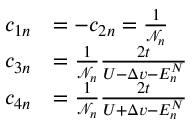
\begin{array} { r l } { c _ { 1 n } } & { = - c _ { 2 n } = \frac { 1 } { \mathcal { N } _ { n } } } \\ { c _ { 3 n } } & { = \frac { 1 } { \mathcal { N } _ { n } } \frac { 2 t } { U - \Delta v - E _ { n } ^ { N } } } \\ { c _ { 4 n } } & { = \frac { 1 } { \mathcal { N } _ { n } } \frac { 2 t } { U + \Delta v - E _ { n } ^ { N } } } \end{array}